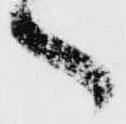
ヽ